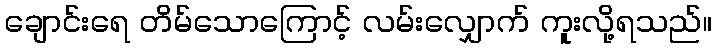
ချောင်းရေ တိမ်သောကြောင့် လမ်းလျှောက် ကူးလို့ရသည်။